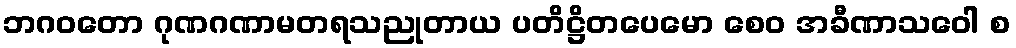
ဘဂဝတော ဂုဏဂဏာမတရသညုတာယ ပတိဋ္ဌိတပေမော စေဝ အခီဏာသဝေါ စ